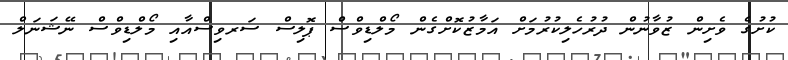
ކުށުގެ ވެށިން ޒުވާނުން ދުރުހެލިކުރުމަށް އަމާޒުކޮށްގެން މޯލްޑިވްސް ޕޮލިސް ސަރވިސްއާއި މޯލްޑިވްސް ނޭޝަނަލް